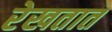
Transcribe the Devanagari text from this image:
रेखतात